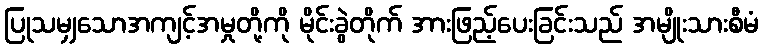
ပြုသမျှသောအကျင့်အမှုတို့ကို မိုင်းခွဲတိုက် အားဖြည့်ပေးခြင်းသည် အမျိုးသားစီမံ